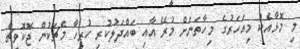
މި މޮޅާއެކު މިއަހަރުގެ މިހާތަނަށް މުރޭ އާއި ބައްދަލުކުރި ހުރިހާ މެޗަކުން ޖޮކޮވިޗް